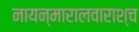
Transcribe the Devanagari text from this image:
नायन्मारालवाराश्च